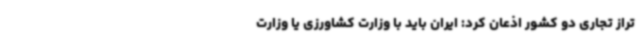
تراز تجاری دو کشور اذعان کرد: ایران باید با وزارت کشاورزی یا وزارت